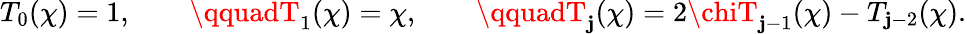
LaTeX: T_{0}(\chi)=1,\qquad\qquadT_{1}(\chi)=\chi,\qquad\qquadT_{\mathbf{j}}(\chi)=2\chiT_{\mathbf{j}-1}(\chi)-T_{\mathbf{j}-2}(\chi).